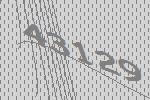
43129